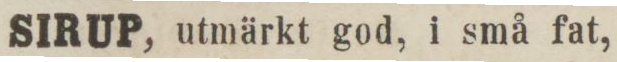
SIRUP, utmärkt god, i små fat,